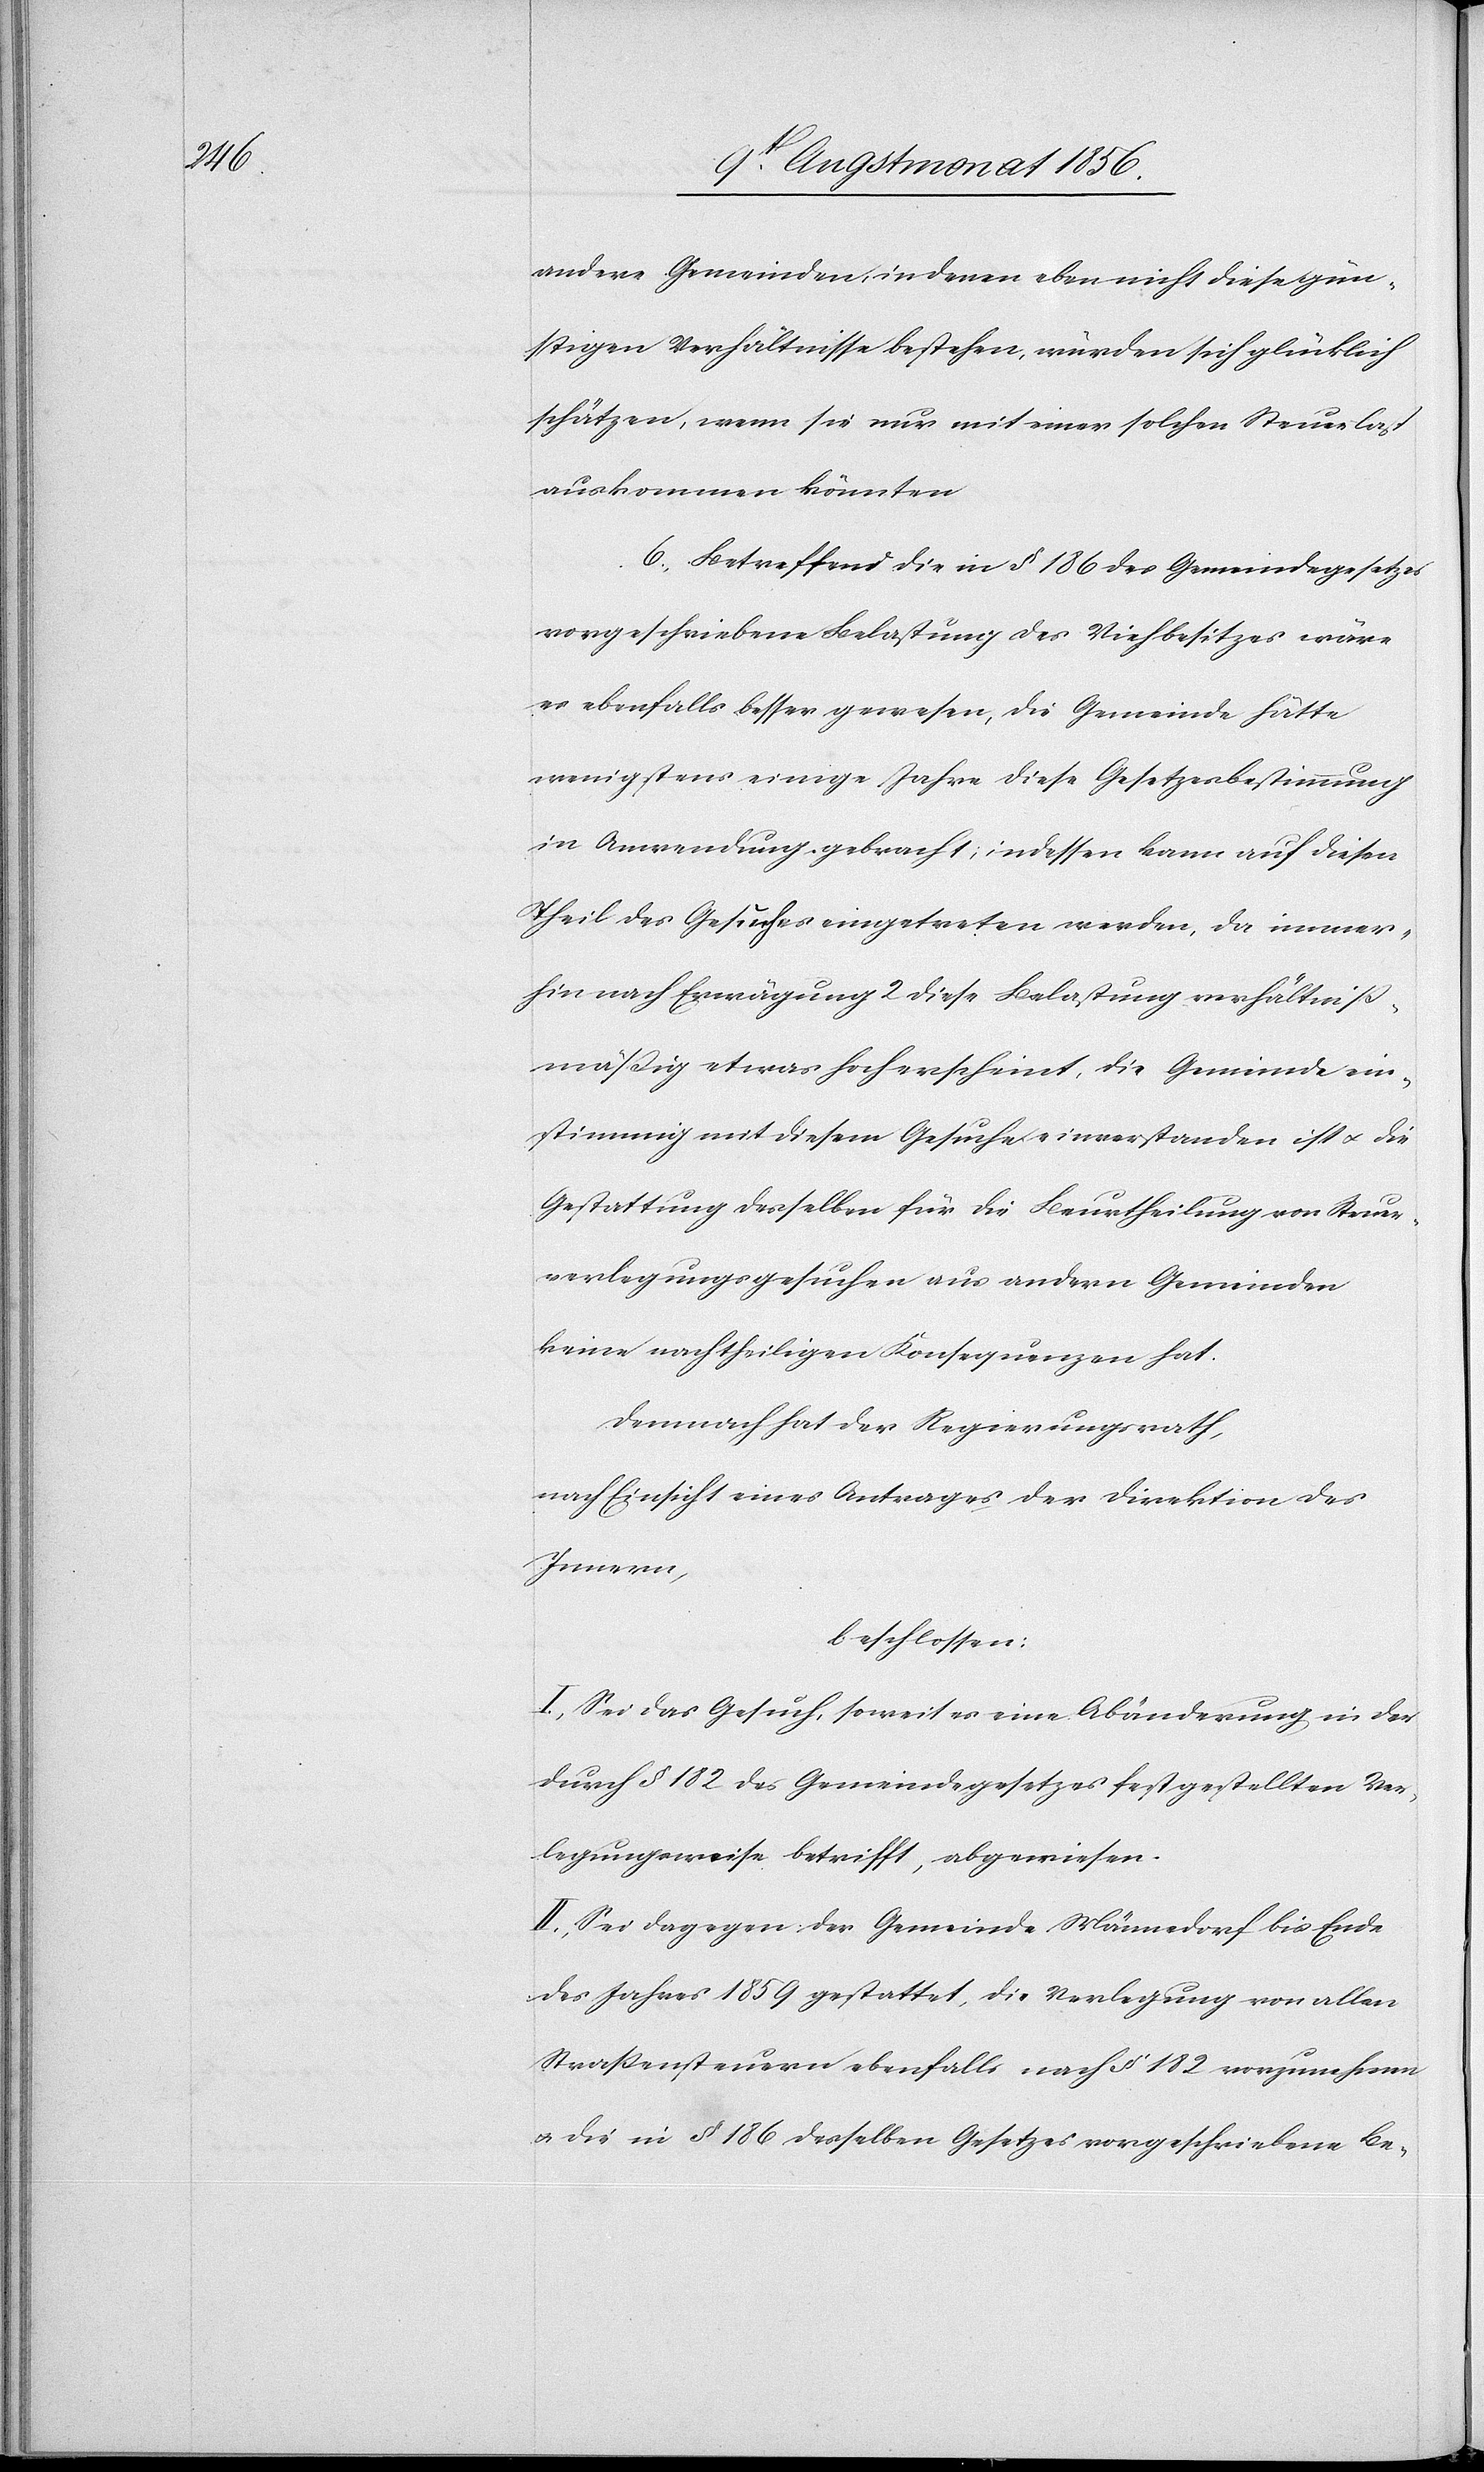
andere Gemeinden, in denen eben nicht diese gün¬
stigen Verhältnisse bestehen, würden sich glücklich
schätzen, wenn sie nur mit einer solchen Steuerlast
auskommen könnten.
6.) Betreffend die in § 186 des Gemeindegesetzes
vorgeschriebene Belastung des Viehbesitzes wäre
es ebenfalls besser gewesen, die Gemeinde hätte
wenigstens einige Jahre diese Gesetzesbestimmung
in Anwendung gebracht; indessen kann auf diesen
Theil des Gesuches eingetreten werden, da immer¬
hin nach Erwägung 2 diese Belastung verhältniß¬
mäßig etwas hoch erschient, die Gemeinde ein¬
stimmig mit diesem Gesuch einverstanden ist u. die
Gestattung desselben für die Beurtheilung von Steuer¬
verlegungsgesuchen aus andern Gemeinden
keine nachtheiligen Konsequenzen hat.
Demnach hat der Regierungsrath,
nach Einsicht eine Antrages der Direktion des
Innern,
beschlossen:
I.) Sei das Gesuch, soweit es eine Abänderung in der
durch § 182 des Gemeindegesetzes festgestellten Ver¬
legungsweise betrifft, abgewiesen.
II.) Sei dagegen der Gemeinde Männedorf bis Ende
des Jahres 1859 gestattet, die Verlegung von allen
Strassensteuern ebenfalls nach § 182 vorzunehmen
u. die in § 186 desselben Gesetzes vorgeschriebene Be-